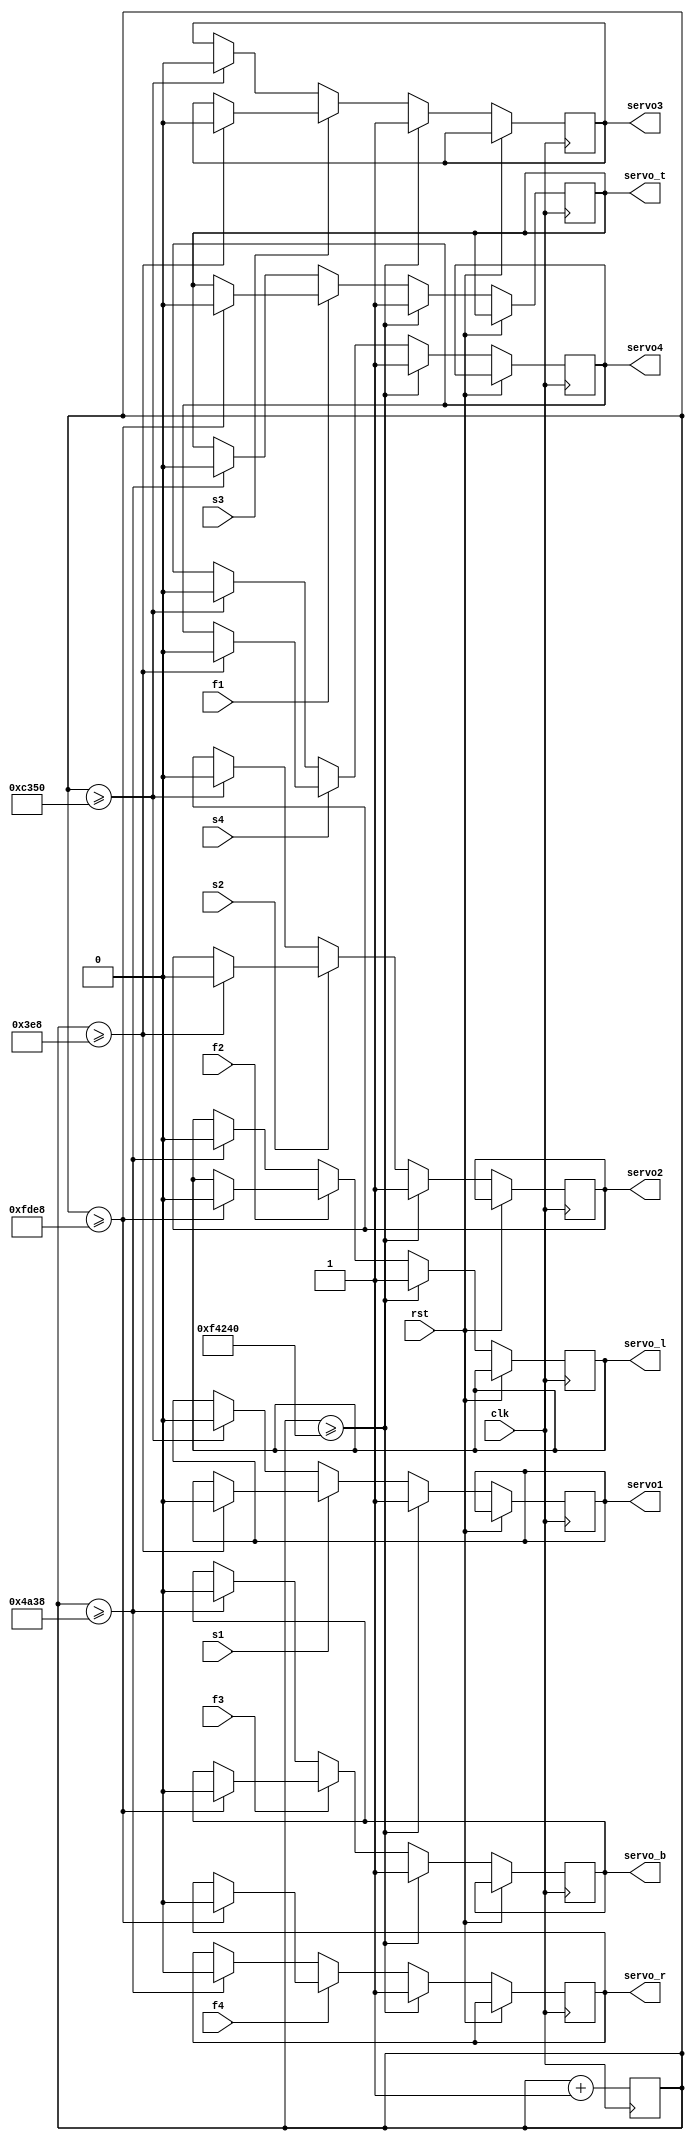

module ServoControl(s1,s2,s3,s4,
							f1,f2,f3,f4,
							rst,clk,
							servo1,servo2,servo3,servo4,
							servo_t,servo_l,servo_b,servo_r); 


	input rst,f1,f2,f3,f4;
	
	input s1,s2,s3,s4;

	input clk;

	output reg servo1,servo2,servo3,servo4,servo_t,servo_l,servo_b,servo_r;

	reg [19:0] counter;

	

	initial begin

		servo1 <= 1'b1;

		servo2 <= 1'b1;

		servo3 <= 1'b1;

		servo4 <= 1'b1;
		
		servo_l <= 1'b1;
			
		servo_r <= 1'b1;
			
		servo_b <= 1'b1;
			
		servo_t <= 1'b1;

		counter <= 20'b0;

	end

	

	always @(posedge clk) begin

		if(rst) begin

			counter <= 0;

		end

		else if (counter >= 20'd1000000) begin

			counter <= 20'b0;

			servo1 <= 1'b1;

			servo2 <= 1'b1;

			servo3 <= 1'b1;

			servo4 <= 1'b1;
			
			servo_l <= 1'b1;
			
			servo_r <= 1'b1;
			
			servo_b <= 1'b1;
			
			servo_t <= 1'b1;

		end

		else begin

		
			//SERVO 1

			if(~s1) begin

				if(counter >= 50000) begin

					servo1 <= 1'b0;

				end

			end

//			else if(~s1[0] & s1[1]) begin
//
//				if(counter >= 70000) begin
//
//					servo1 <= 1'b0;
//
//				end
//
//			end
			
			else if(s1) begin

				if(counter >= 1000) begin

					servo1 <= 1'b0;

				end

			end

			//SERVO 2

			if(~s2) begin
				if(counter >= 50000) begin

					servo2 <= 1'b0;

				end

			end

			else if(s2) begin

				if(counter >= 1000) begin

					servo2 <= 1'b0;

				end

			end

			//SERVO 3

			if(~s3) begin

				if(counter >= 50000) begin

					servo3 <= 1'b0;

				end

			end

			else if(s3) begin

				if(counter >= 1000) begin

					servo3 <= 1'b0;

				end

			end

			//SERVO 4

			if(~s4) begin

				if(counter >= 50000) begin

					servo4 <= 1'b0;

				end

			end

			else if(s4) begin

				if(counter >= 1000) begin

					servo4 <= 1'b0;

				end

			end
			
			//SERVO 1F
			if(~f1) begin

				if(counter >= 19000) begin

					servo_t <= 1'b0;

				end

			end

			else if(f1) begin

				if(counter >= 65000) begin

					servo_t <= 1'b0;

				end

			end
			
			//SERVO 2F
			if(~f2) begin

				if(counter >= 19000) begin

					servo_l <= 1'b0;

				end

			end

			else if(f2) begin

				if(counter >= 65000) begin

					servo_l <= 1'b0;

				end

			end
			
			//SERVO 3F
			if(~f3) begin

				if(counter >= 19000) begin

					servo_b <= 1'b0;

				end

			end

			else if(f3) begin

				if(counter >= 65000) begin

					servo_b <= 1'b0;

				end

			end

		
			//SERVO 4F
			if(~f4) begin

				if(counter >= 19000) begin
				
					servo_r <= 1'b0;

				end

			end

			else if(f4) begin

				if(counter >= 65000) begin

					servo_r <= 1'b0;

				end

			end

		end
		
		counter <= counter + 1;

   end


endmodule